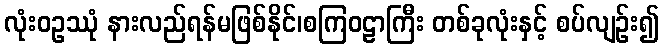
လုံးဝဥဿုံ နားလည်ရန်မဖြစ်နိုင်၊စကြဝဠာကြီး တစ်ခုလုံးနှင့် စပ်လျဉ်း၍